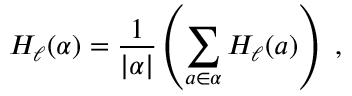
H _ { \ell } ( \alpha ) = { \frac { 1 } { | \alpha | } } \left( \sum _ { a \in \alpha } H _ { \ell } ( a ) \right) ~ ,